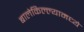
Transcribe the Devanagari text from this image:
बालेकिल्ल्यामध्ये